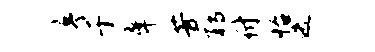
序于庠芳鹑付怡迭